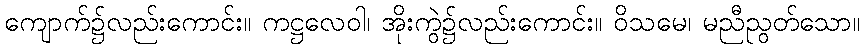
ကျောက်၌လည်းကောင်း။ ကဋ္ဌလေဝါ၊ အိုးကွဲ၌လည်းကောင်း။ ဝိသမေ၊ မညီညွတ်သော။